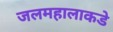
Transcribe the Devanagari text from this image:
जलमहालाकडे